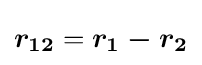
{\boldsymbol {r_{12}}}={\boldsymbol {r_{1}-r_{2}}}